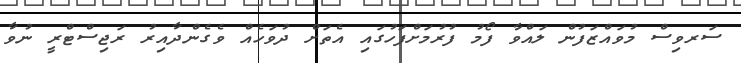
ސަރވިސް މުވައްޒަފުން ލައްވާ ފޯމު ފުރުމަށްފަހުގައި އެތަށް ދުވަހެއް ވެގެންދާއިރު ރަޖިސްޓްރީ ނުވާ